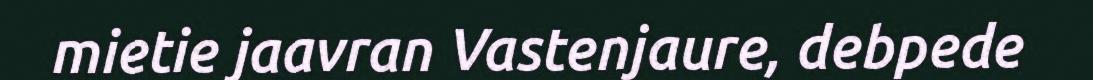
mietie jaavran Vastenjaure, debpede